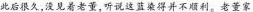
此后很久.没见着老董，听说这蓝染得并不顺利。老董家